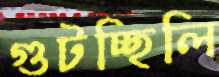
গুটচ্ছিলি